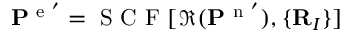
\mathbf { P } ^ { \mathrm { ~ e ~ } ^ { \prime } } = \mathrm { ~ S ~ C ~ F ~ } [ \Re ( \mathbf { P } ^ { \mathrm { ~ n ~ } ^ { \prime } } ) , \{ \mathbf { R } _ { I } \} ]